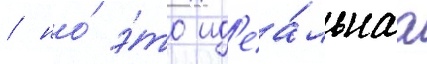
/ но́ э́то ид'еа́льнаа